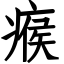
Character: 瘊